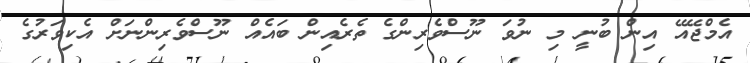
އެމްޖޭއޭ އިން ބުނީ މި ނުވަ ނޫސްވެރިންގެ ތެރެއިން ބައެއް ނޫސްވެރިންނަށް އެކިވަރުގެ